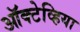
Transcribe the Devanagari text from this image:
ऑक्टेव्हिया